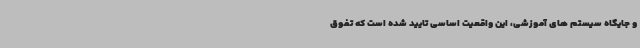
و جایگاه سیستم های آموزشی، این واقعیت اساسی تایید شده است که تفوق